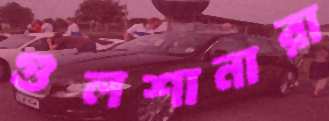
গুলশানারা